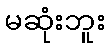
မဆုံးဘူး